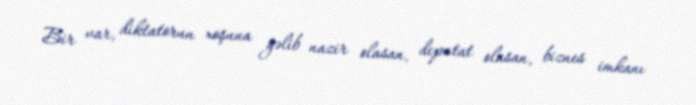
Bir var, diktatorun xoşuna gəlib nazir olasan, deputat olasan, biznes imkanı